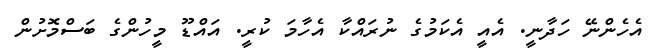
އެހެންނޭ ހަދާނީ. އެއީ އެކަމުގެ ނުރައްކާ އެހާމަ ކުރީ. އައްޑޫ މީހުންގެ ބަސްމޮށުން